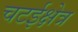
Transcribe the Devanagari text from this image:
चटईक्षेत्र